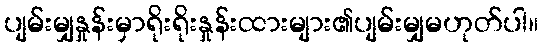
ပျမ်းမျှနှုန်းမှာရိုးရိုးနှုန်းထားများ၏ပျမ်းမျှမဟုတ်ပါ။